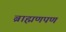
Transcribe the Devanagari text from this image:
ब्राह्मणपण